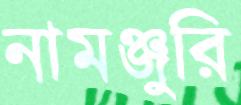
নামঞ্জুরি